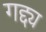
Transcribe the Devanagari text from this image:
गद्द्य